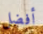
أفضل